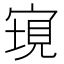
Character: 𡩮